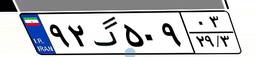
۹۲گ۵۰۹۰۳